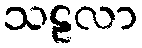
သဠလာ